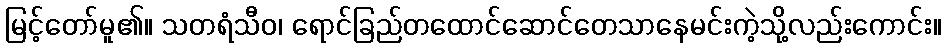
မြင့်တော်မူ၏။ သတရံသီဝ၊ ရောင်ခြည်တထောင်ဆောင်တေသာနေမင်းကဲ့သို့လည်းကောင်း။